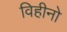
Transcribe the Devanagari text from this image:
विहीनो